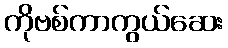
ကိုဗစ်ကာကွယ်ဆေး